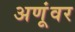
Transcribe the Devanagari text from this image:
अणूंवर